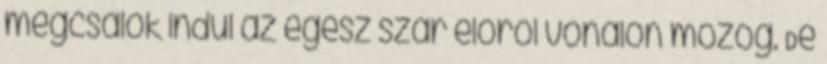
megcsalok indul az egész szar előről vonalon mozog. De